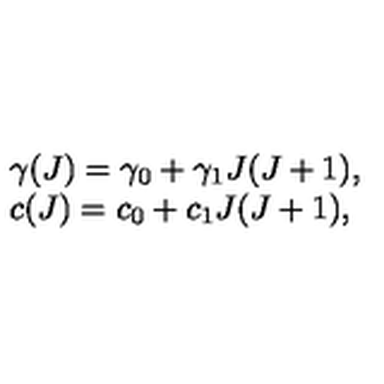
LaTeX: \begin{array} { l } { \gamma ( J ) = \gamma _ { 0 } + \gamma _ { 1 } J ( J + 1 ) , } \\ { c ( J ) = c _ { 0 } + c _ { 1 } J ( J + 1 ) , } \\ \end{array}